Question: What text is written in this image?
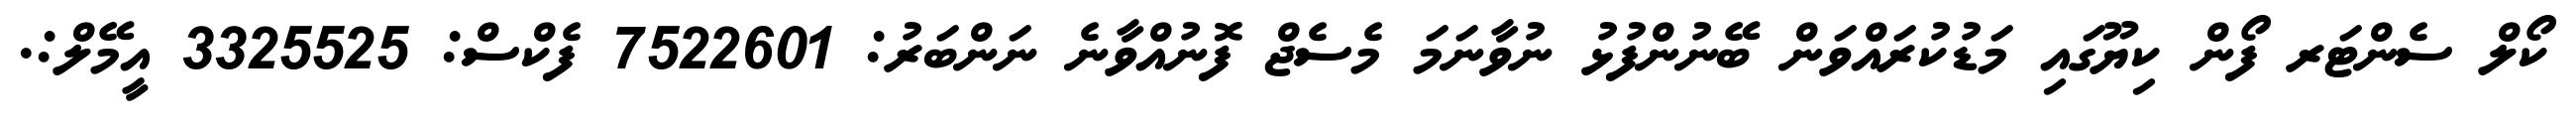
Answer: ކޯލް ސެންޓަރ ފޯން ކިޔޫގައި މަޑުކުރައްވަން ބޭނުންފުޅު ނުވާނަމަ މެސެޖް ފޮނުއްވާނެ ނަންބަރު: 7522601 ފެކްސް: 3325525 އީމޭލް:.